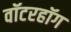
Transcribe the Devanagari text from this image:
वॉटरहॉग